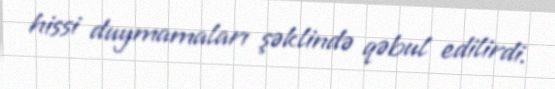
hissi duymamaları şəklində qəbul edilirdi.